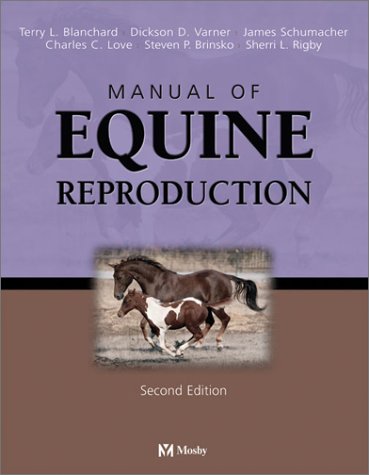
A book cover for Manual of Equine Reproduction, 2e; Terry L. Blanchard DVM  MS  Dipl ACT; Medical Books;